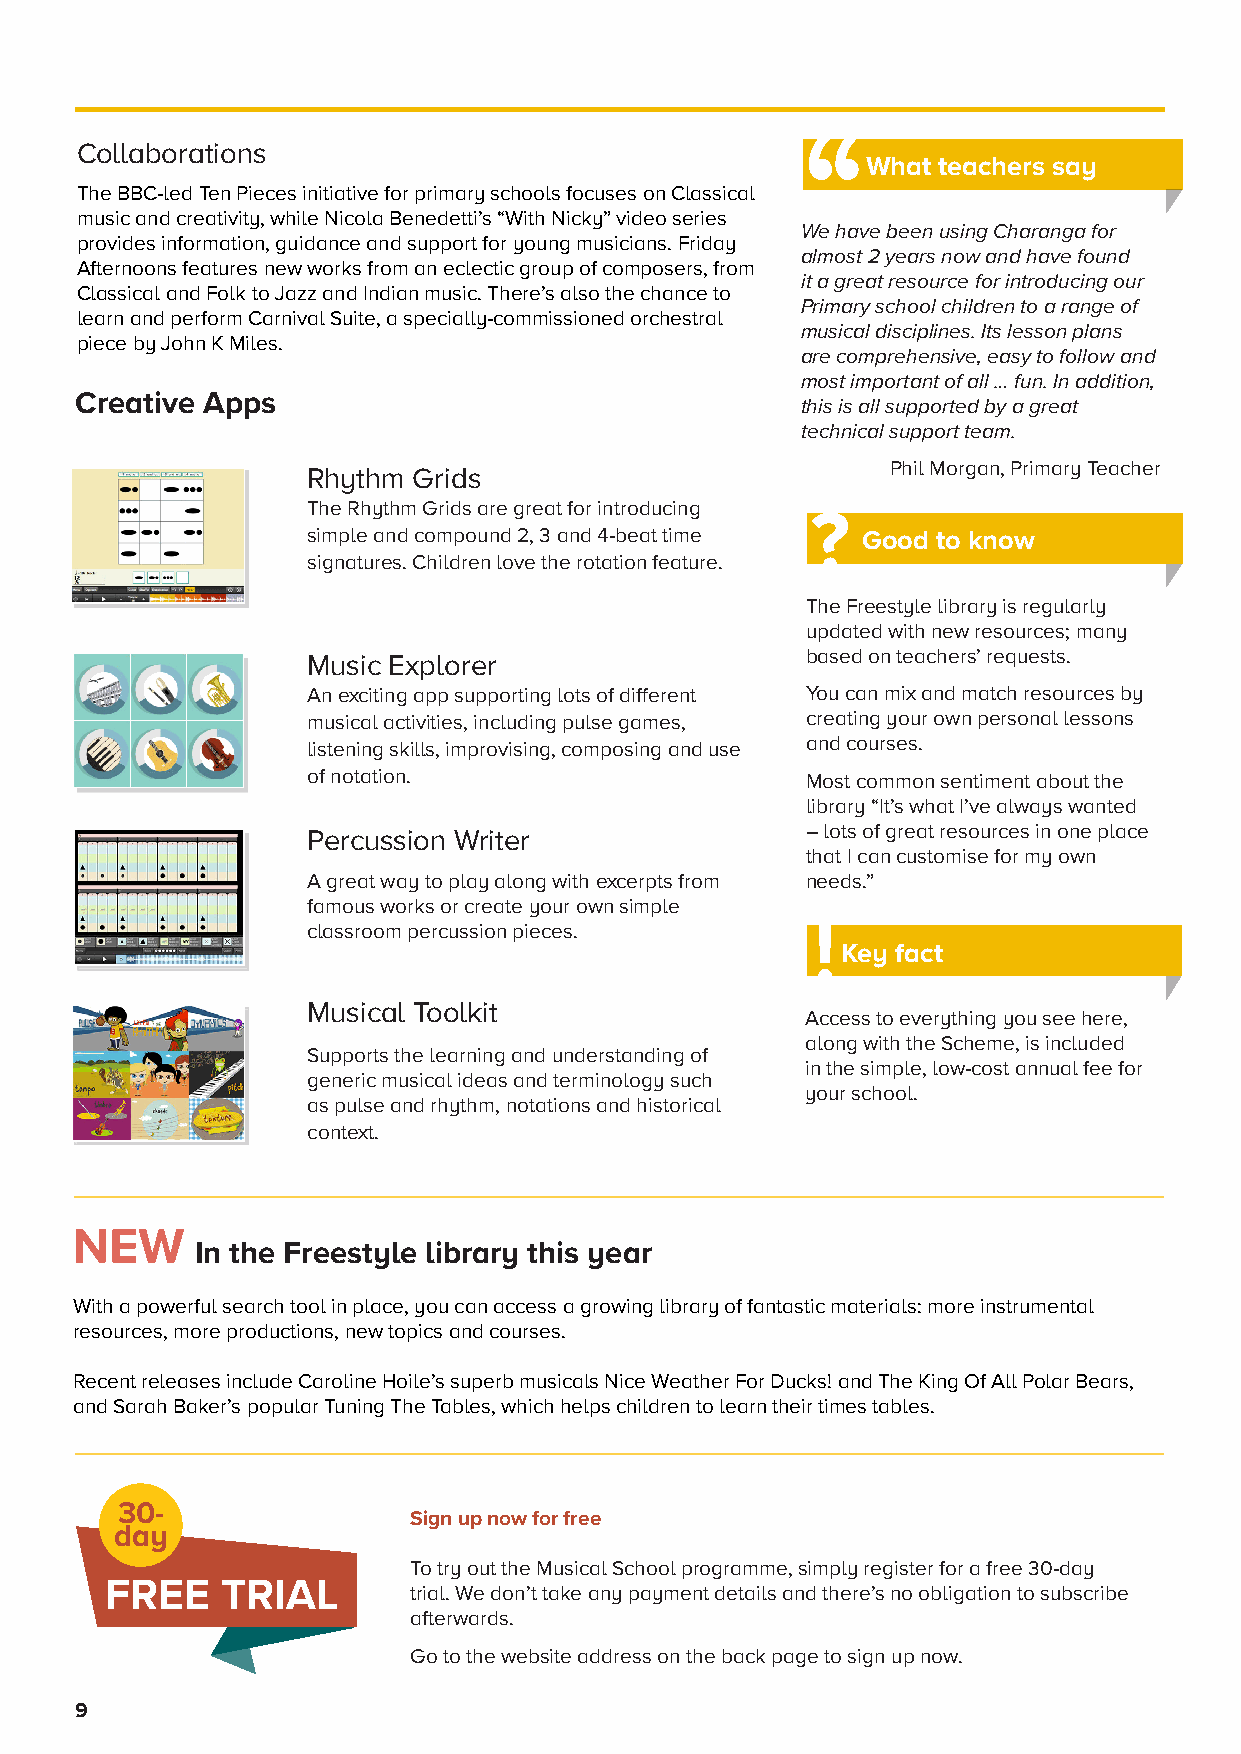
Collaborations
 What teachers say
 The BBC-led Ten Pieces initiative for primary schools focuses on Classical
 music and creativity, while Nicola Benedetti’s “With Nicky” video series
 We have been using Charanga for
 provides information, guidance and support for young musicians. Friday
 almost 2 years now and have found
 Afternoons features new works from an eclectic group of composers, from
 it a great resource for introducing our
 Classical and Folk to Jazz and Indian music. There’s also the chance to
 Primary school children to a range of
 learn and perform Carnival Suite, a specially-commissioned orchestral
 musical disciplines. Its lesson plans
 piece by John K Miles.
 are comprehensive, easy to follow and
 most important of all … fun. In addition,
 Creative Apps                                   this is all supported by a great
 technical support team.
 Phil Morgan, Primary Teacher
 Rhythm Grids
 The Rhythm Grids are great for introducing
 ?
 simple and compound 2, 3 and 4-beat time Good to know
 signatures. Children love the rotation feature.
 The Freestyle library is regularly
 updated with new resources; many
 based on teachers’ requests.
 Music Explorer
 An exciting app supporting lots of different You can mix and match resources by
 musical activities, including pulse games, creating your own personal lessons
 listening skills, improvising, composing and use and courses.
 of notation.                     Most common sentiment about the
 library “It’s what I’ve always wanted
 – lots of great resources in one place
 Percussion Writer
 that I can customise for my own
 A great way to play along with excerpts from needs.”
 famous works or create your own simple
 classroom percussion pieces.
 Key fact
 Musical Toolkit
 Access to everything you see here,
 along with the Scheme, is included
 Supports the learning and understanding of
 in the simple, low-cost annual fee for
 generic musical ideas and terminology such
 your school.
 as pulse and rhythm, notations and historical
 context.
 NEW
 In the Freestyle library this year
 With a powerful search tool in place, you can access a growing library of fantastic materials: more instrumental
 resources, more productions, new topics and courses.
 Recent releases include Caroline Hoile’s superb musicals Nice Weather For Ducks! and The King Of All Polar Bears,
 and Sarah Baker’s popular Tuning The Tables, which helps children to learn their times tables.
 30-
 Sign up now for free
 day
 To try out the Musical School programme, simply register for a free 30-day
 FREE    TRIAL       trial. We don’t take any payment details and there’s no obligation to subscribe
 afterwards.
 Go to the website address on the back page to sign up now.
 9